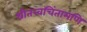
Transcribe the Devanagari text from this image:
श्रीतत्त्वचिंतामणि